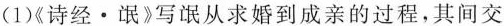
(1)《诗经·氓》写氓从求婚到成亲的过程，其间交